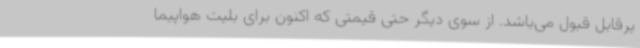
یرقابل قبول می‌باشد. از سوی دیگر حتی قیمتی که اکنون برای بلیت هواپیما